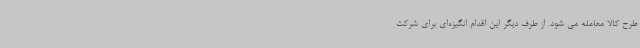
طرح کالا معامله می شود. از طرف دیگر این اقدام انگیزه‌ای برای شرکت